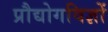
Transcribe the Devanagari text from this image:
प्रौद्योगविज्ञों